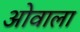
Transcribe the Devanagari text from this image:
ओवाला